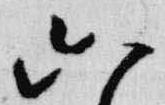
六